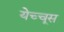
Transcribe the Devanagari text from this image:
येच्चूस